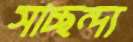
সাচ্ছন্দ্য